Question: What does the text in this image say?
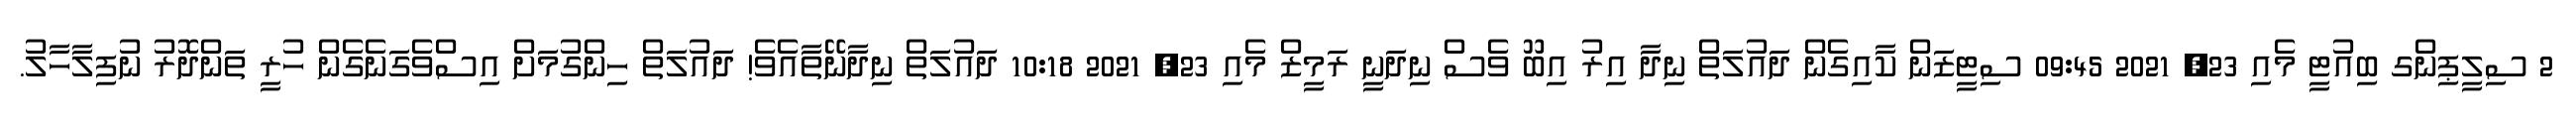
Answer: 2 ސިލީޕިންގ ބިއުޓީ މެއި 23, 2021 09:45 ސިޓީޒަން ކާއިގެން ދައުލަތް ނިދާ އިރު އިބޫ ވެސް ނިދަނީ ރަމީޒް މެއި 23, 2021 10:18 ދައުލަތް ނިދާނޭތާއެވެ! ދައުލަތް ހިންގުމަށް އިސްވެގަނެގެން ހުރީ ތަންދޮރު ނުފިލާހާލު.